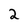
Character: 2